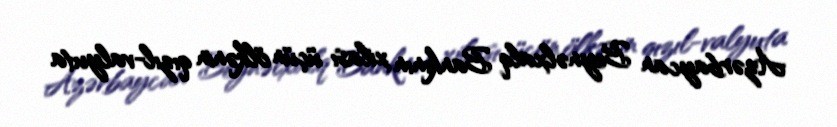
Azərbaycan Beynəlxalq Bankının xilası üçün ölkənin qızıl-valyuta